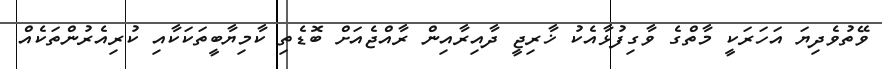
ވޭތުވެދިޔަ އަހަރަކީ މާތްގެ ވާގިފުޅާއެކު ޚާރިޖީ ދާއިރާއިން ރާއްޖެއަށް ބޮޑެތި ކާމިޔާބީތަކަކާއި ކުރިއެރުންތަކެއް